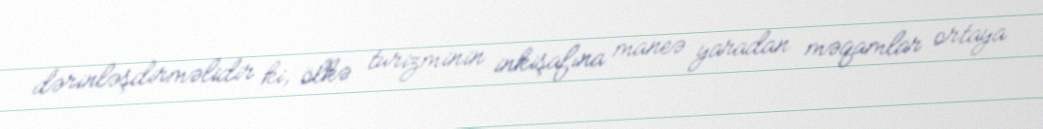
dərinləşdirməlidir ki, ölkə turizminin inkişafına maneə yaradan məqamlar ortaya